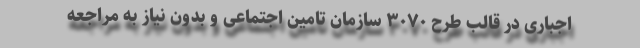
اجباری در قالب طرح ۳۰۷۰ سازمان تامین اجتماعی و بدون نیاز به مراجعه